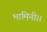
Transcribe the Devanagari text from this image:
भामिनी।।